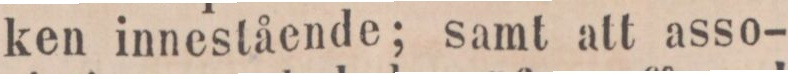
ken innestående; samt att asso-